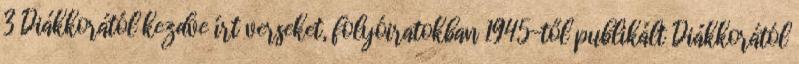
3 Diákkorától kezdve írt verseket, folyóiratokban 1945-től publikált Diákkorától